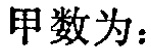
甲数为：